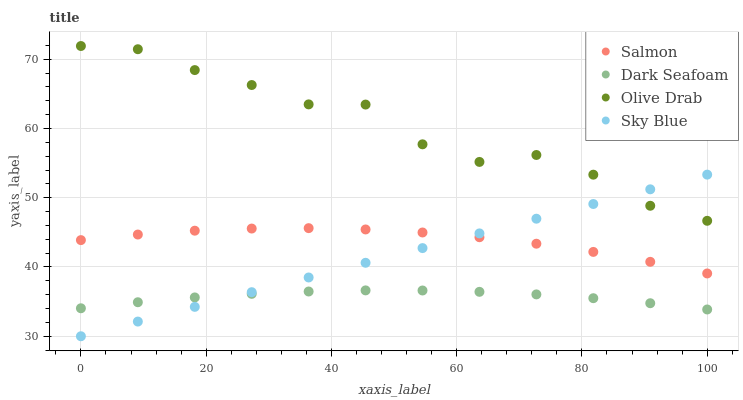
| xaxis_label | Salmon | Dark Seafoam | Olive Drab | Sky Blue |
 | --- | --- | --- | --- | --- |
 | 0 | 43.9 | 34 | 71.9 | 30 |
 | 9.09 | 44.7 | 34.9 | 71.4 | 32.1 |
 | 18.2 | 45.2 | 35.6 | 68.4 | 34.2 |
 | 27.3 | 45.5 | 36.1 | 66.3 | 36.4 |
 | 36.4 | 45.6 | 36.5 | 63.5 | 38.5 |
 | 45.5 | 45.4 | 36.6 | 63.4 | 40.6 |
 | 54.5 | 45 | 36.6 | 57.7 | 42.7 |
 | 63.6 | 44.3 | 36.4 | 55.2 | 44.8 |
 | 72.7 | 43.4 | 36 | 56.2 | 47 |
 | 81.8 | 42.2 | 35.5 | 53.3 | 49.1 |
 | 90.9 | 40.7 | 34.8 | 48.8 | 51.2 |
 | 100 | 39.1 | 33.9 | 46.7 | 53.3 |